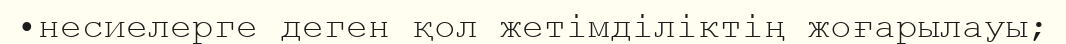
•несиелерге деген қол жетімділіктің жоғарылауы;